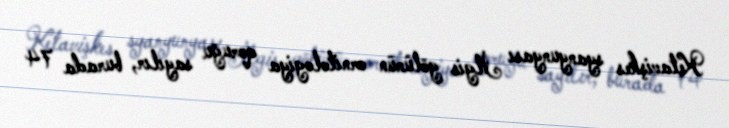
Ketavişkes syanyunyası İlgis gölünün ornitologiya qoruğu sayılır, burada 74